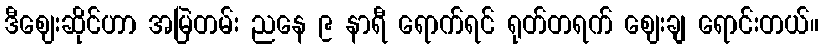
ဒီဈေးဆိုင်ဟာ အမြဲတမ်း ညနေ ၉ နာရီ ရောက်ရင် ရုတ်တရက် ဈေးချ ရောင်းတယ်။